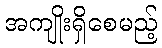
အကျိုးရှိစေမည့်